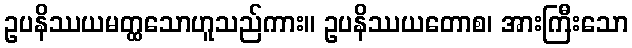
ဥပနိဿယမတ္ထသောဟူသည်ကား။ ဥပနိဿယတောစ၊ အားကြီးသော